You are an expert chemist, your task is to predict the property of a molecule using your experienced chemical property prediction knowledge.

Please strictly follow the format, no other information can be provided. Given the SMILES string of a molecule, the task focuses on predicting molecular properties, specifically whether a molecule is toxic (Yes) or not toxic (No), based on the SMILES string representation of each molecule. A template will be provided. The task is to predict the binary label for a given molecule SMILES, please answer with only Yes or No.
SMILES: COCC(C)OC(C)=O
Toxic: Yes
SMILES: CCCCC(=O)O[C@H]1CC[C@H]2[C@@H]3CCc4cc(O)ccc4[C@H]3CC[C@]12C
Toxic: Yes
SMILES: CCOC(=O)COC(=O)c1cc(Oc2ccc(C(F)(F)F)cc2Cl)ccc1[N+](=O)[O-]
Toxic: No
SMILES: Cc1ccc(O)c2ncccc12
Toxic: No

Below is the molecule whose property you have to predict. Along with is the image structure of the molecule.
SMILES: CC(Cl)C(=O)O
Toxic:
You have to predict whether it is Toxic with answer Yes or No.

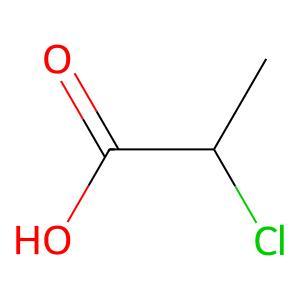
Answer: No